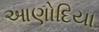
આણોદિયા